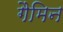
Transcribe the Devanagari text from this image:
गैमिन